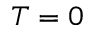
T = 0